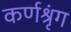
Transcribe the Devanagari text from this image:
कर्णश्रृंग